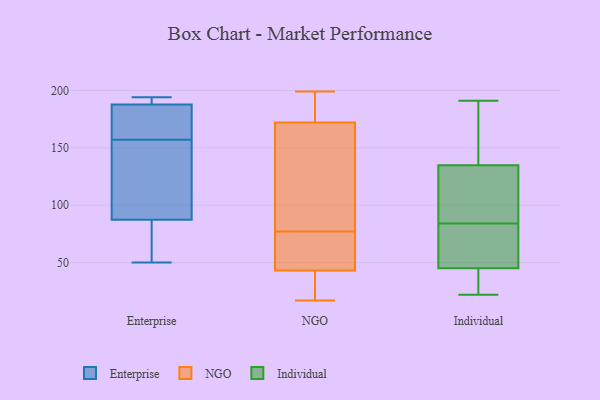
{"axis": {"x": "Operating Costs (USD K)", "y": "Value"}, "legend": ["Enterprise", "Individual", "NGO"], "data": [{"x": "", "y": 172, "type": "Enterprise"}, {"x": "", "y": 125, "type": "Enterprise"}, {"x": "", "y": 193, "type": "Enterprise"}, {"x": "", "y": 168, "type": "Enterprise"}, {"x": "", "y": 72, "type": "Enterprise"}, {"x": "", "y": 82, "type": "Enterprise"}, {"x": "", "y": 138, "type": "Enterprise"}, {"x": "", "y": 157, "type": "Enterprise"}, {"x": "", "y": 50, "type": "Enterprise"}, {"x": "", "y": 103, "type": "Enterprise"}, {"x": "", "y": 77, "type": "Enterprise"}, {"x": "", "y": 184, "type": "Enterprise"}, {"x": "", "y": 189, "type": "Enterprise"}, {"x": "", "y": 190, "type": "Enterprise"}, {"x": "", "y": 194, "type": "Enterprise"}, {"x": "", "y": 141, "type": "NGO"}, {"x": "", "y": 170, "type": "NGO"}, {"x": "", "y": 193, "type": "NGO"}, {"x": "", "y": 198, "type": "NGO"}, {"x": "", "y": 52, "type": "NGO"}, {"x": "", "y": 40, "type": "NGO"}, {"x": "", "y": 162, "type": "NGO"}, {"x": "", "y": 64, "type": "NGO"}, {"x": "", "y": 199, "type": "NGO"}, {"x": "", "y": 36, "type": "NGO"}, {"x": "", "y": 77, "type": "NGO"}, {"x": "", "y": 44, "type": "NGO"}, {"x": "", "y": 94, "type": "NGO"}, {"x": "", "y": 178, "type": "NGO"}, {"x": "", "y": 19, "type": "NGO"}, {"x": "", "y": 62, "type": "NGO"}, {"x": "", "y": 17, "type": "NGO"}, {"x": "", "y": 37, "type": "Individual"}, {"x": "", "y": 191, "type": "Individual"}, {"x": "", "y": 130, "type": "Individual"}, {"x": "", "y": 112, "type": "Individual"}, {"x": "", "y": 121, "type": "Individual"}, {"x": "", "y": 64, "type": "Individual"}, {"x": "", "y": 44, "type": "Individual"}, {"x": "", "y": 48, "type": "Individual"}, {"x": "", "y": 171, "type": "Individual"}, {"x": "", "y": 42, "type": "Individual"}, {"x": "", "y": 22, "type": "Individual"}, {"x": "", "y": 171, "type": "Individual"}, {"x": "", "y": 66, "type": "Individual"}, {"x": "", "y": 81, "type": "Individual"}, {"x": "", "y": 40, "type": "Individual"}, {"x": "", "y": 84, "type": "Individual"}, {"x": "", "y": 134, "type": "Individual"}, {"x": "", "y": 139, "type": "Individual"}, {"x": "", "y": 135, "type": "Individual"}]}